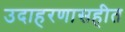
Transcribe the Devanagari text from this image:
उदाहरणासहीत